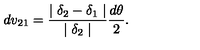
d v _ { 2 1 } = \frac { \mid \delta _ { 2 } - \delta _ { 1 } \mid } { \mid \delta _ { 2 } \mid } \frac { d \theta } { 2 } .